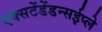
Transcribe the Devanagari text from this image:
एक्सटेंडेंडन्सईप्ले